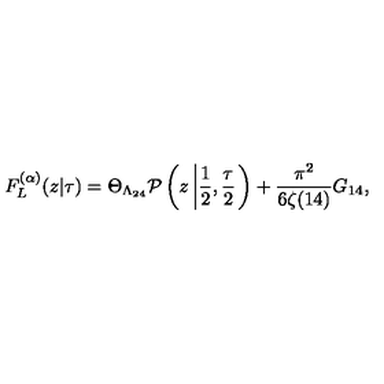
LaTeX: F _ { L } ^ { ( \alpha ) } ( z | \tau ) = \Theta _ { \Lambda _ { 2 4 } } { \cal P } \left( z \left| \frac { 1 } { 2 } , \frac { \tau } { 2 } \right. \right) + \frac { \pi ^ { 2 } } { 6 \zeta ( 1 4 ) } G _ { 1 4 } ,